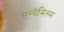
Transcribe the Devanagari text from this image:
एन्देमिस्म